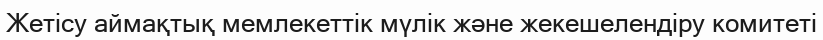
Жетісу аймақтық мемлекеттік мүлік және жекешелендіру комитеті